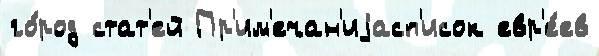
го́род стат'ей Пр'им'ечан'иjасп'исок евр'е́ев